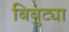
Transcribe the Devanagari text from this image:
बिबुट्या